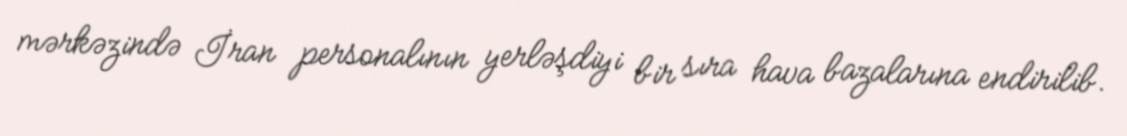
mərkəzində İran personalının yerləşdiyi bir sıra hava bazalarına endirilib.